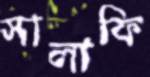
সালাফি